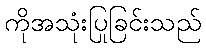
ကိုအသုံးပြုခြင်းသည်